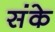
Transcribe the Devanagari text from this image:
संके